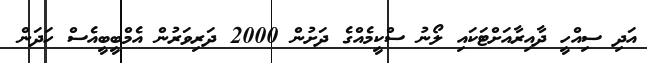
އަދި ސިއްހީ ދާއިރާއަށްޓަކައި ލޯނު ސްކީމެއްގެ ދަށުން 2000 ދަރިވަރުން އެމްބީބީއެސް ހަދަން